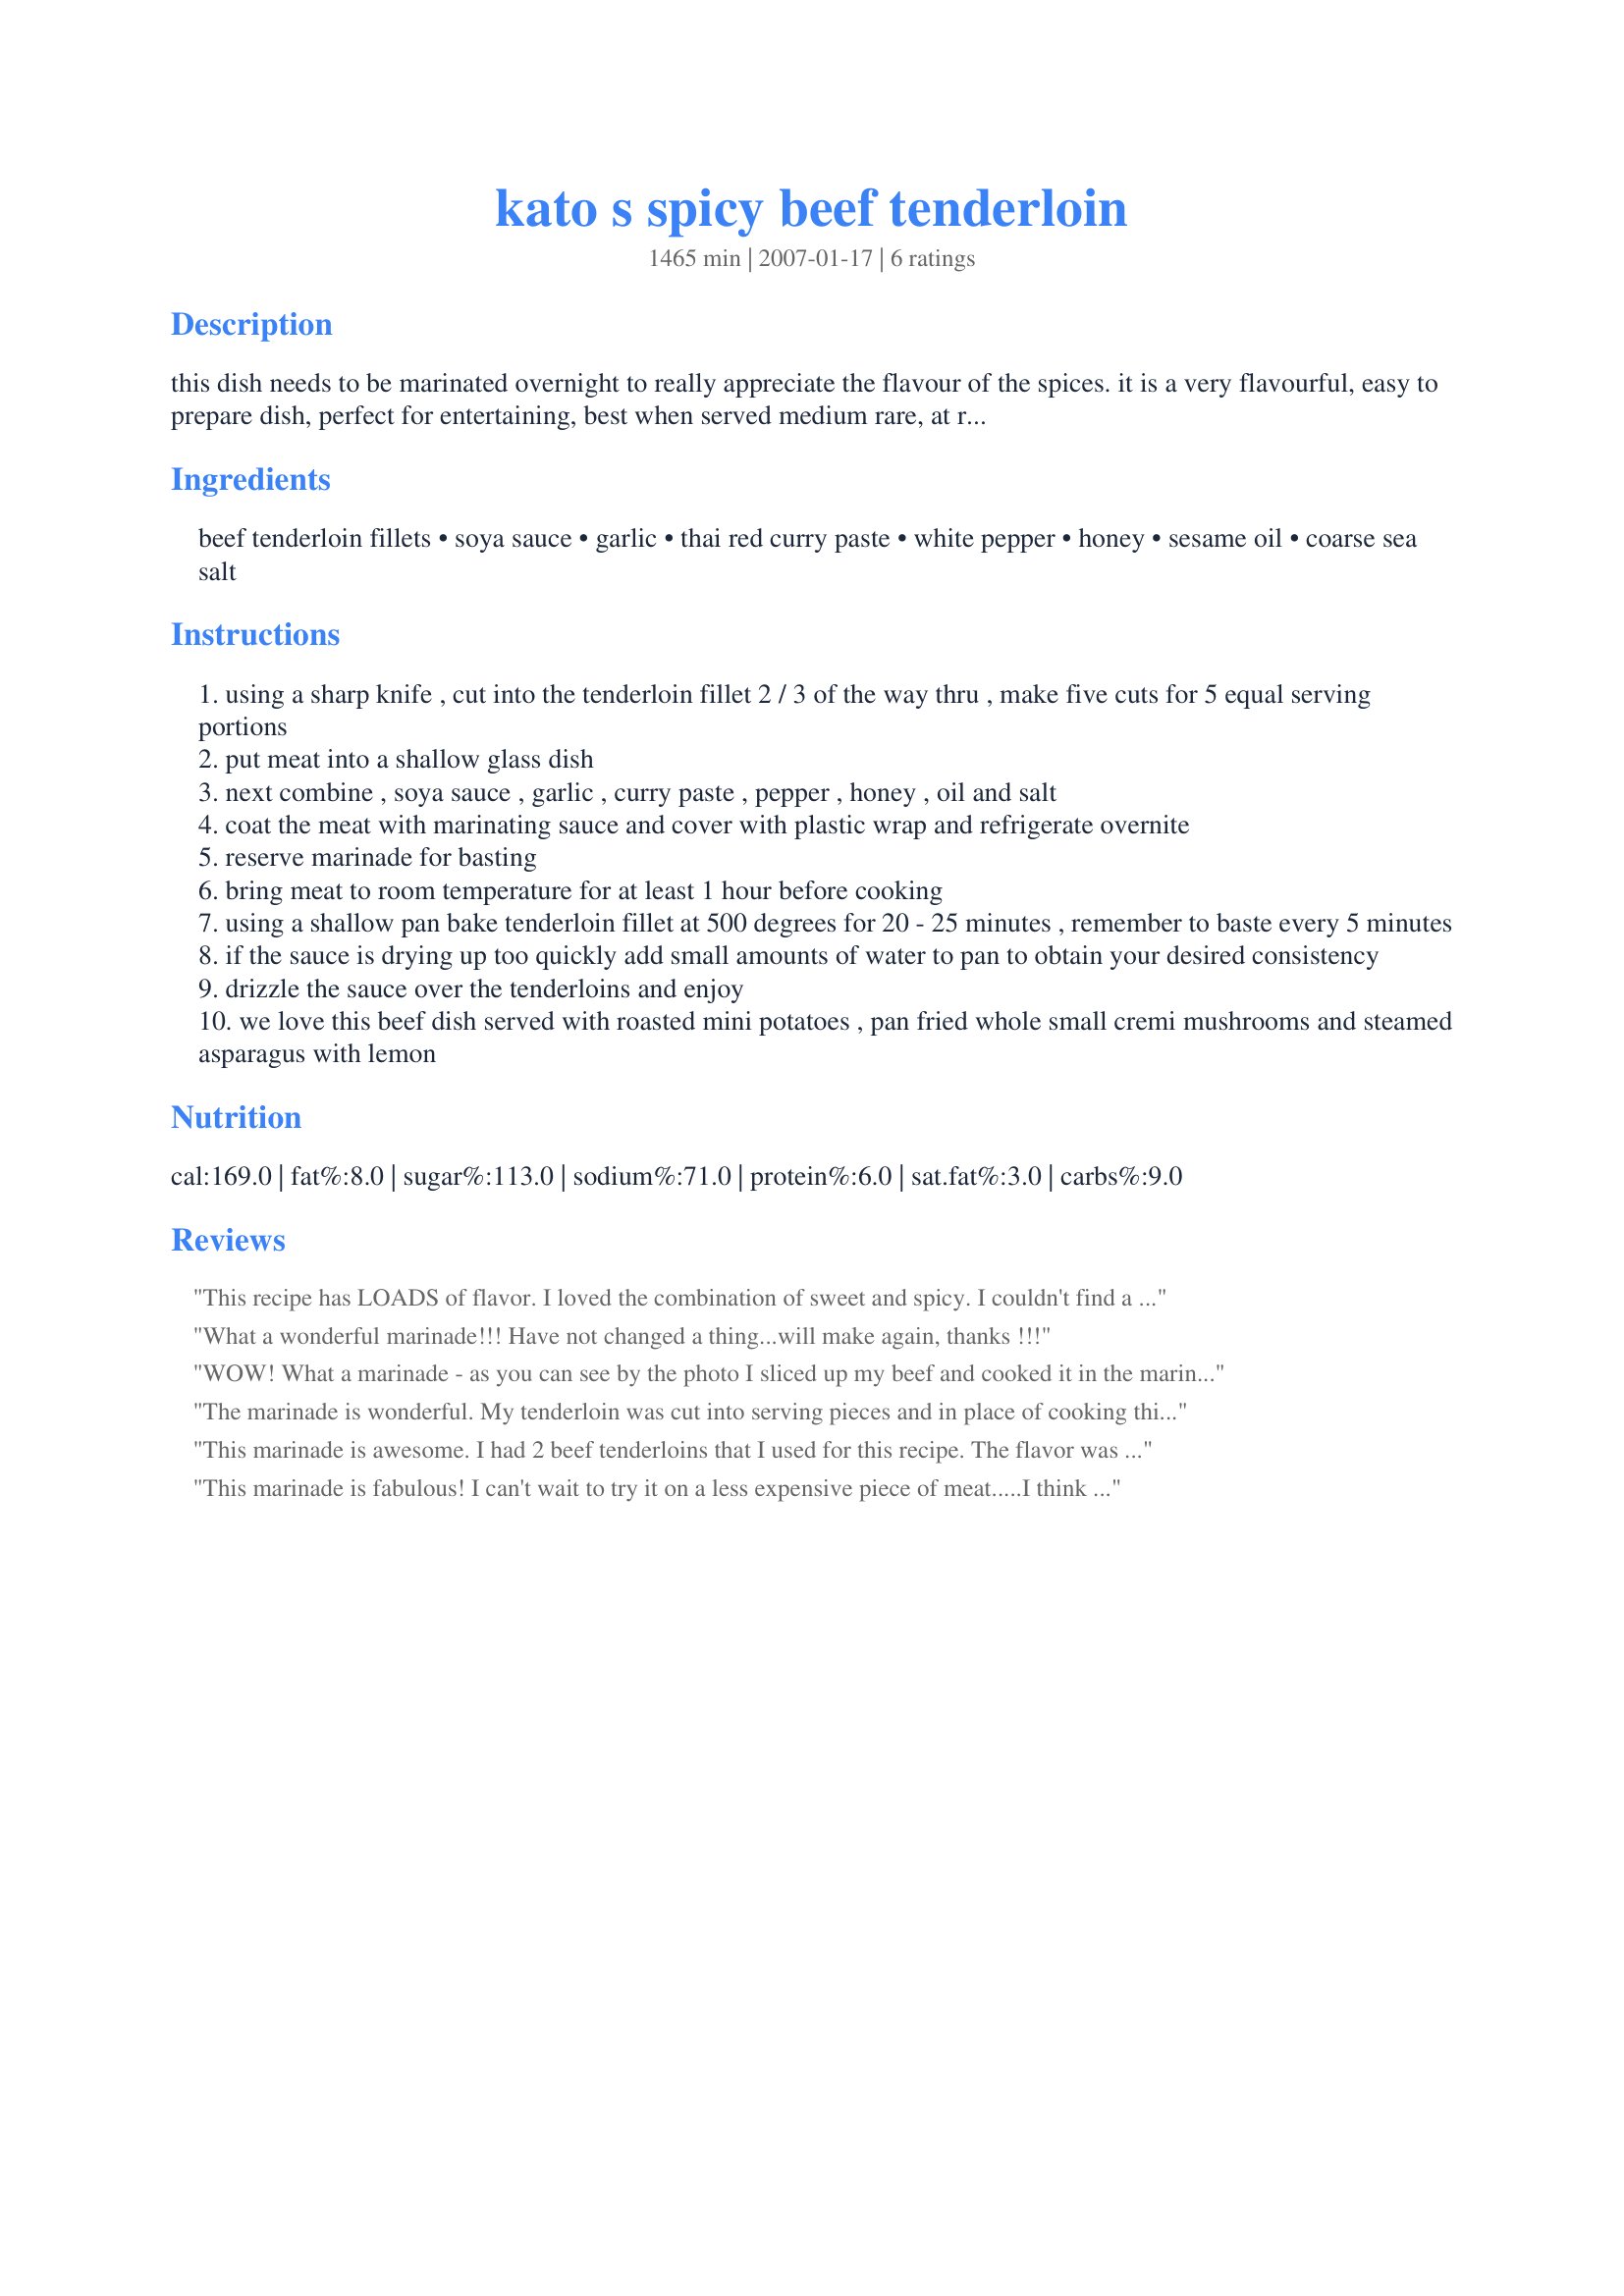
kato s spicy beef tenderloin
Preparation time: 1465 minutes

this dish needs to be marinated overnight to really appreciate the flavour of the spices. it is a very flavourful, easy to prepare dish, perfect for entertaining, best when served medium rare, at room temperature.

Ingredients:
beef tenderloin fillets, soya sauce, garlic, thai red curry paste, white pepper, honey, sesame oil, coarse sea salt

Steps:
using a sharp knife , cut into the tenderloin fillet 2 / 3 of the way thru , make five cuts for 5 equal serving portions
put meat into a shallow glass dish
next combine , soya sauce , garlic , curry paste , pepper , honey , oil and salt
coat the meat with marinating sauce and cover with plastic wrap and refrigerate overnite
reserve marinade for basting
bring meat to room temperature for at least 1 hour before cooking
using a shallow pan bake tenderloin fillet at 500 degrees for 20 - 25 minutes , remember to baste every 5 minutes
if the sauce is drying up too quickly add small amounts of water to pan to obtain your desired consistency
drizzle the sauce over the tenderloins and enjoy
we love this beef dish served with roasted mini potatoes , pan fried whole small cremi mushrooms and steamed asparagus with lemon

Reviews:
This recipe has LOADS of flavor. I loved the combination of sweet and spicy. I couldn't find a beef tenderloin when I went to the supermarket, so I had to substitute it with a flat iron steak which worked out beautifully. I also grilled the meat instead of baking it. The meat was tender and juicy and the flavors just exploded in my mouth. Thanks for another terrific recipe, BK. Made for Nov. 2010 Aus/NZ Swap.
What a wonderful marinade!!! Have not changed a thing...will make again, thanks !!!
WOW! What a marinade - as you can see by the photo I sliced up my beef and cooked it in the marinade, added just 1 Tbsp of cornstarch and some veggies. ATTENTION: You do NOT want to waste one drop of this marinade - it IS that GREAT!
The marinade is wonderful. My tenderloin was cut into serving pieces and in place of cooking this in a hot oven, they were placed on a hot grill and basted several times. Served these with recipe #200300 and steamed broccoli.
This marinade is awesome. I had 2 beef tenderloins that I used for this recipe. The flavor was outstanding from the marinade. I grilled my steaks on the grill and the wind would not cooperate and made the outside quite crunchy, but the flavor inside was wonderful. Thanks BK for a keeper.
This marinade is fabulous! I can't wait to try it on a less expensive piece of meat.....I think it would totally work with sirloin. I saved a bit of the marinade and boiled quickly to serve with the meat. Wonderful! I may reduce the cooking time next time, as mine turned out a bit overdone....but I prefer a medium-rare steak. I have to say, this marinade cannot be beat......I'm going to try it on several cuts of beef....think its a bit too strong for chicken, but I may go there too!
